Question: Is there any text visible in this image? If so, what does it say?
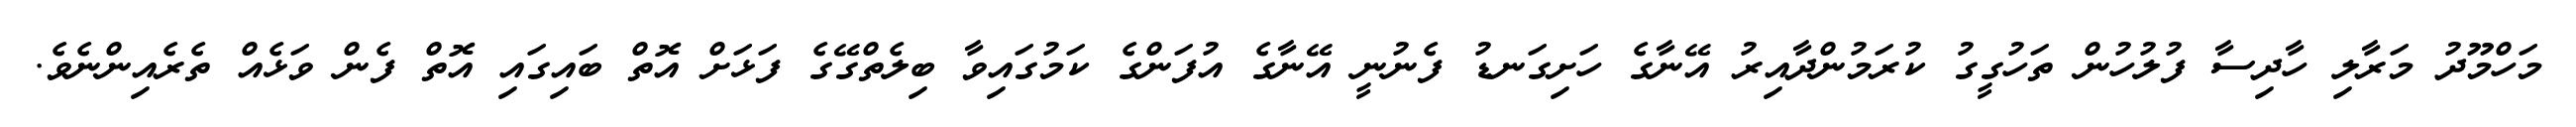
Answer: މަހްމޫދު މަރާލި ހާދިސާ ފުލުހުން ތަހުގީގު ކުރަމުންދާއިރު އޭނާގެ ހަށިގަނޑު ފެނުނީ އޭނާގެ އުފަންގެ ކަމުގައިވާ ބިލެތްގޭގެ ފަޅަށް އޮތް ބައިގައި އޮތް ފެން ވަޅެއް ތެރެއިންނެވެ.